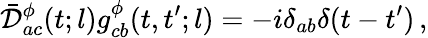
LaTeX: \bar{\cal D}_{ac}^{\phi}(t;l)g_{cb}^{\phi}(t,t^{\prime};l)=-i\delta_{ab}\delta(t-t^{\prime})\, ,